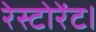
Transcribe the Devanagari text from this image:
रेस्टोरेंट।